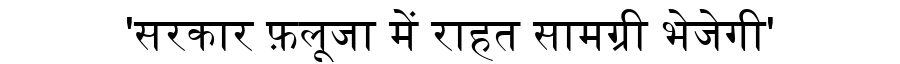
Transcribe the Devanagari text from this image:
'सरकार फ़लूजा में राहत सामग्री भेजेगी'